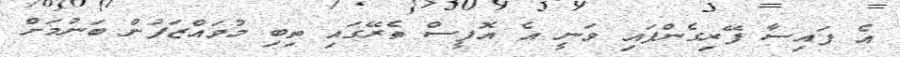
އެ ފައިސާ ފޭރިގެންފައި ވަނީ އެ އޮފީސް ތެރޭގައި ތިބި މުވައްޒަފުން ބަނުމަށް